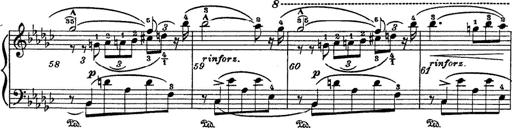
Title: 6 Polish Songs
Composer: Franz Liszt